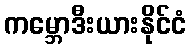
ကမ္ဘောဒီးယားနိုင်ငံ